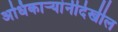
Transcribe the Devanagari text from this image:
अधिकाऱ्यांनीदेखील